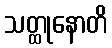
သတ္ထုနောတိ